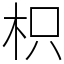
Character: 枳